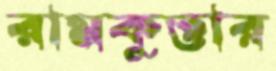
রামকুত্তার